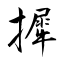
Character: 摨